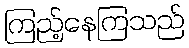
ကြည့်နေကြသည်